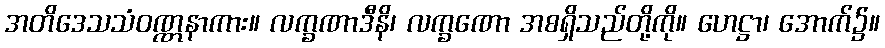
အတိဒေသသံဝဏ္ဏနာကား။ လက္ခဏာဒီနိ၊ လက္ခဏော အစရှိသည်တို့ကို။ ဟေဋ္ဌာ၊ အောက်၌။